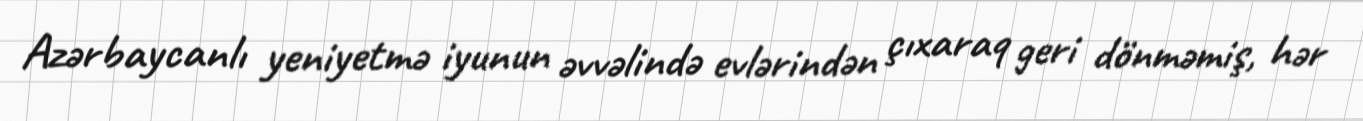
Azərbaycanlı yeniyetmə iyunun əvvəlində evlərindən çıxaraq geri dönməmiş, hər